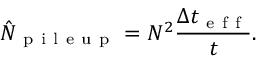
\hat { N } _ { \mathrm { ~ p ~ i ~ l ~ e ~ u ~ p ~ } } = N ^ { 2 } \frac { \Delta t _ { \mathrm { ~ e ~ f ~ f ~ } } } { t } .